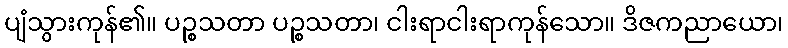
ပျံသွားကုန်၏။ ပဉ္စသတာ ပဉ္စသတာ၊ ငါးရာငါးရာကုန်သော။ ဒိဇကညာယော၊